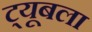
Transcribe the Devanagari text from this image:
ट्यूबला